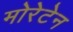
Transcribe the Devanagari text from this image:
मोरेटेन